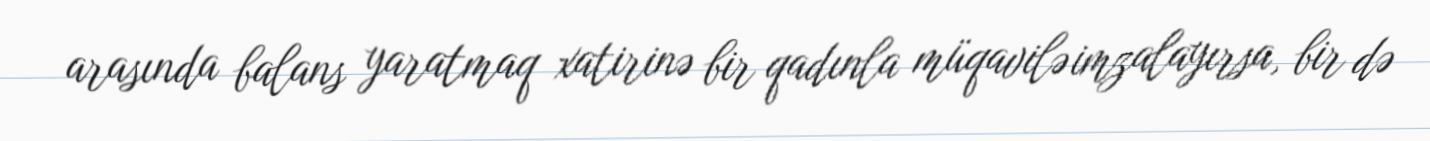
arasında balans yaratmaq xatirinə bir qadınla müqavilə imzalayırsa, bir də